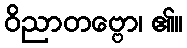
ဝိညာတဗ္ဗော၊ ၏။